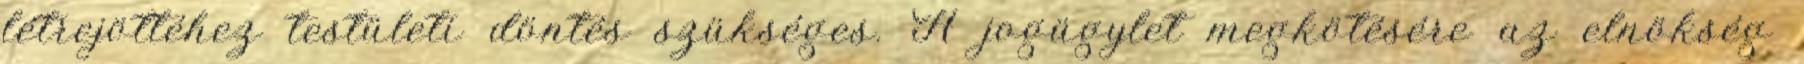
létrejöttéhez testületi döntés szükséges. A jogügylet megkötésére az elnökség